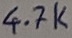
Text: 4.7K